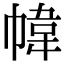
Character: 幃